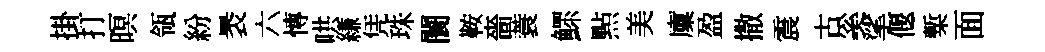
掛打暝瓴紛褁六慱哄縑凭珠闤鞍嗇蓑鰥㸃美廩盈撒震古奚挲偃槧面